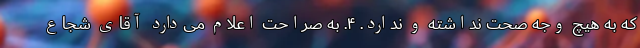
که به هیچ وجه صحت نداشته و ندارد. ۴. به صراحت اعلام می‌دارد آقای شجاع